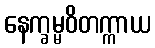
နေက္ခမ္မဝိတက္ကာယ